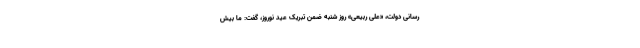
رسانی دولت، «علی ربیعی» روز شنبه ضمن تبریک عید نوروز، گفت: ما بیش